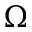
\Omega